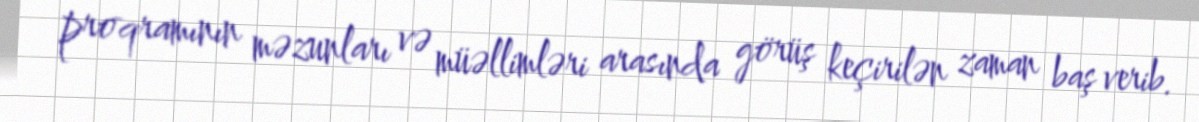
proqramının məzunları və müəllimləri arasında görüş keçirilən zaman baş verib.